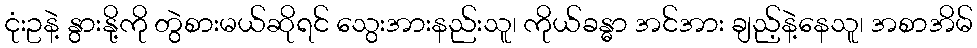
ငုံးဥနဲ့ နွားနို့ကို တွဲစားမယ်ဆိုရင် သွေးအားနည်းသူ၊ ကိုယ်ခန္ဓာ အင်အား ချည့်နဲ့နေသူ၊ အစာအိမ်